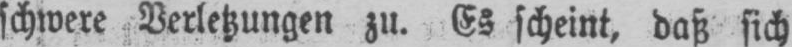
schwere Verletzungen zu. Es scheint, daß sich